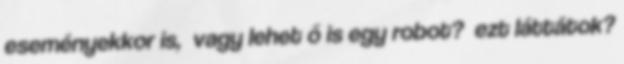
eseményekkor is, vagy lehet ő is egy robot? ezt láttátok?